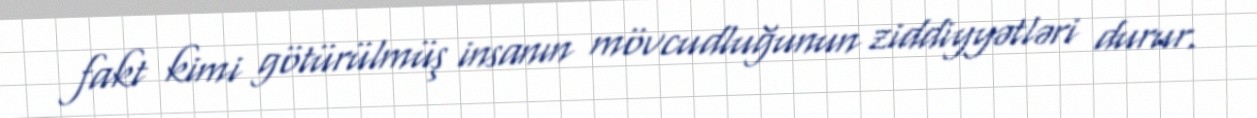
fakt kimi götürülmüş insanın mövcudluğunun ziddiyyətləri durur.